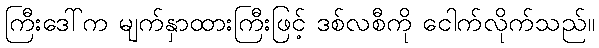
ကြီးဒေါ်က မျက်နှာထားကြီးဖြင့် ဒစ်လစီကို ငေါက်လိုက်သည်။